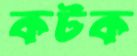
কটক